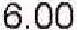
6.00